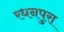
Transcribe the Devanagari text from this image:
रधनपुरा